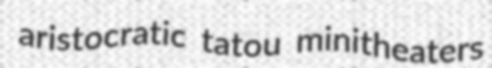
aristocratic tatou minitheaters